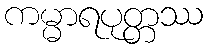
ကမ္မာရပုတ္တဿ